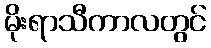
မိုးရာသီကာလတွင်